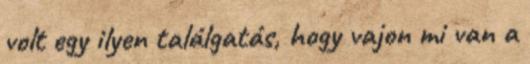
volt egy ilyen találgatás, hogy vajon mi van a